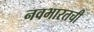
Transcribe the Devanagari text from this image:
नवभारतची